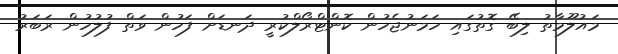
މައުލޫމާތު ލިބޭ ގޮތުގައި ހަމަނުޖެހުން ކޮންޓްރޯލްކުރީ ދަނޑަށް ފަހުން ވަތް ފުލުހުން ރަބަރު